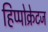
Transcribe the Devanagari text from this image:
हिप्पोक्रेटज